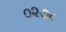
૦૨૭૮